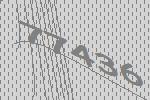
77436